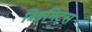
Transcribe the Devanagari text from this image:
त्रिङ्गिट्स